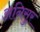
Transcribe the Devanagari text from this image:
अनिसुर